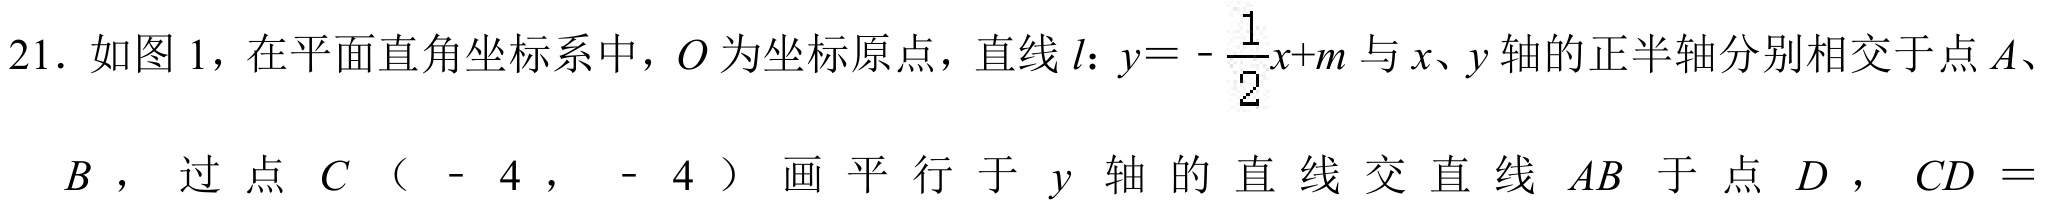
21. 如图1，在平面直角坐标系中，\(O\)为坐标原点，直线\(l\)：\(y = -\frac{1}{2}x + m\)与\(x\)、\(y\)轴的正半轴分别相交于点\(A\)、\(B\)，过点\(C\)（- 4，- 4）画平行于\(y\)轴的直线交直线\(AB\)于点\(D\)，\(CD =\)